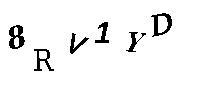
8RV1YD